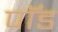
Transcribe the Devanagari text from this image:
पाॅॅड